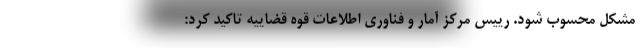
مشکل محسوب شود. رییس مرکز آمار و فناوری اطلاعات قوه قضاییه تاکید کرد: